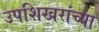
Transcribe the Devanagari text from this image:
उपशिखरांच्या